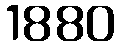
1880